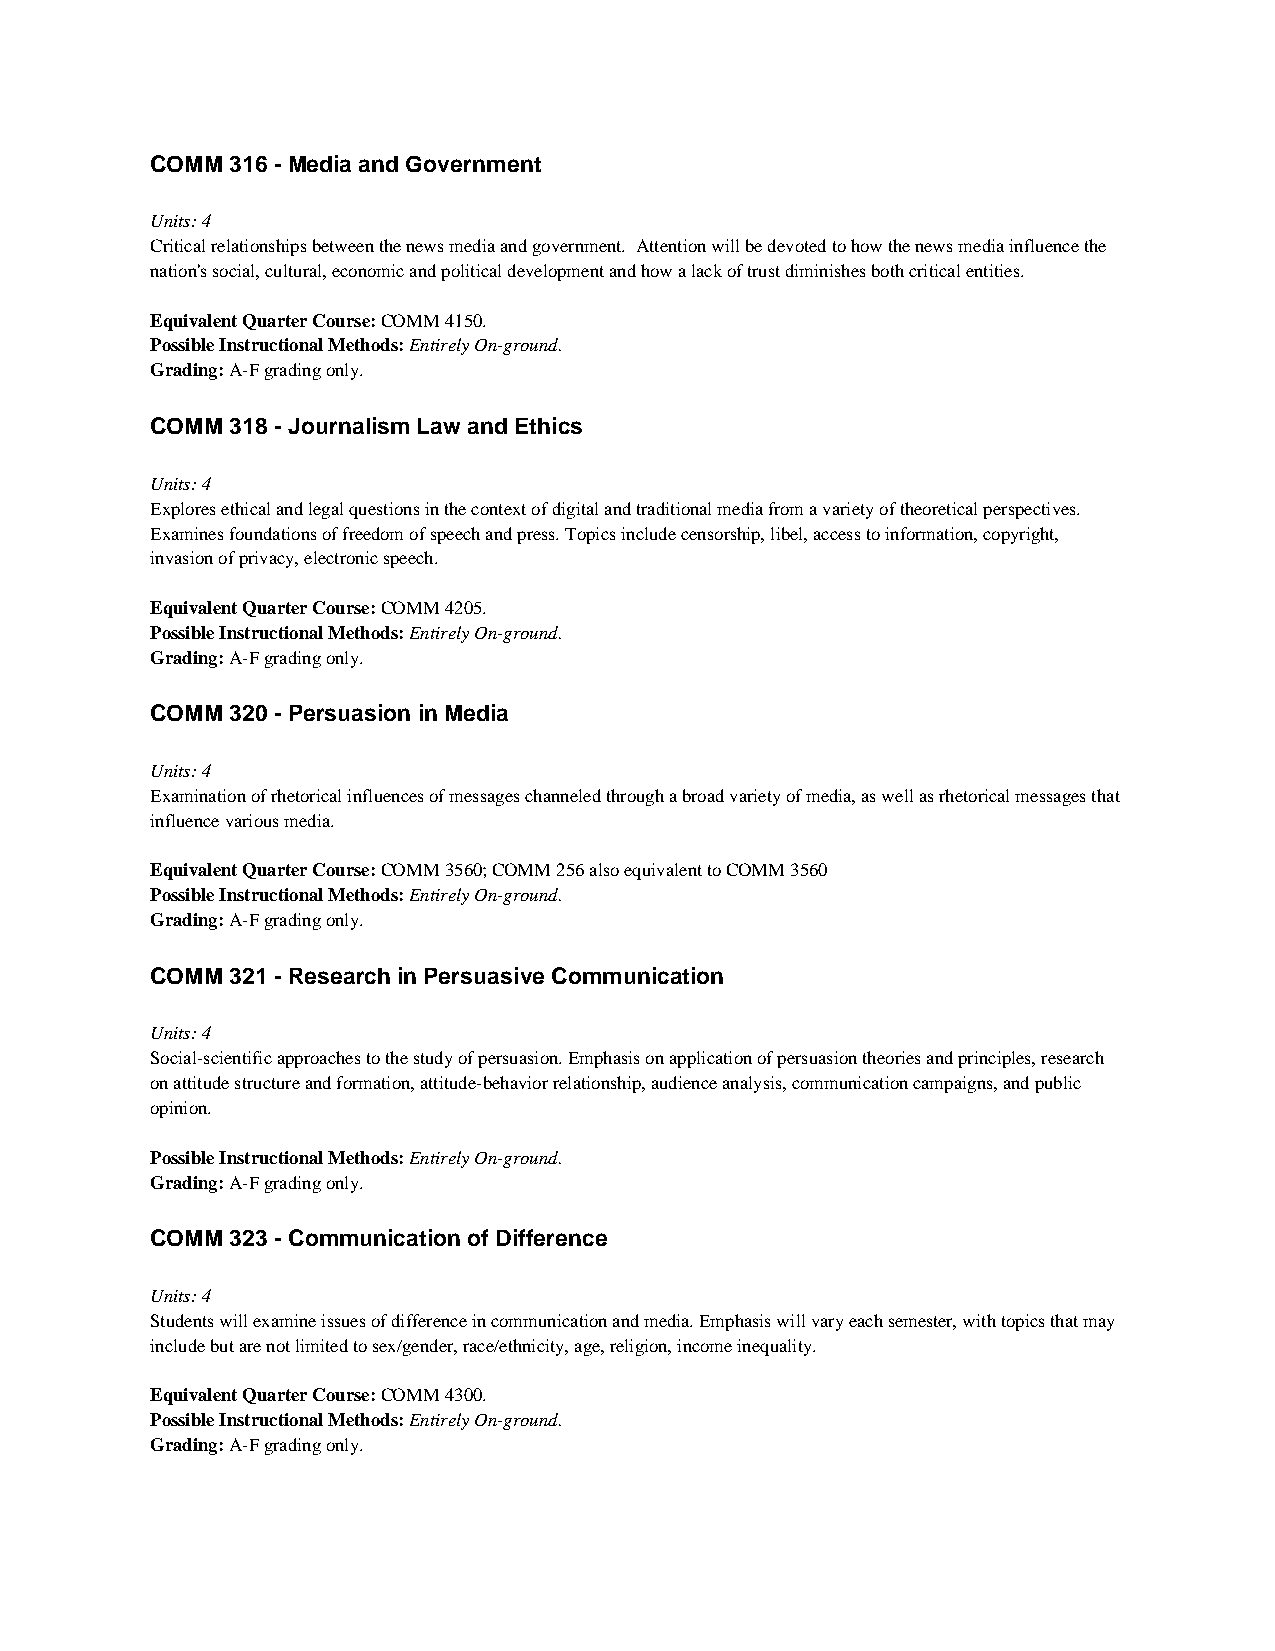
COMM 316 - Media and Government
 Units: 4
 Critical relationships between the news media and government. Attention will be devoted to how the news media influence the
 nation's social, cultural, economic and political development and how a lack of trust diminishes both critical entities.
 Equivalent Quarter Course: COMM 4150.
 Possible Instructional Methods: Entirely On-ground.
 Grading: A-F grading only.
 COMM 318 - Journalism Law and Ethics
 Units: 4
 Explores ethical and legal questions in the context of digital and traditional media from a variety of theoretical perspectives.
 Examines foundations of freedom of speech and press. Topics include censorship, libel, access to information, copyright,
 invasion of privacy, electronic speech.
 Equivalent Quarter Course: COMM 4205.
 Possible Instructional Methods: Entirely On-ground.
 Grading: A-F grading only.
 COMM 320 - Persuasion in Media
 Units: 4
 Examination of rhetorical influences of messages channeled through a broad variety of media, as well as rhetorical messages that
 influence various media.
 Equivalent Quarter Course: COMM 3560; COMM 256 also equivalent to COMM 3560
 Possible Instructional Methods: Entirely On-ground.
 Grading: A-F grading only.
 COMM 321 - Research in Persuasive Communication
 Units: 4
 Social-scientific approaches to the study of persuasion. Emphasis on application of persuasion theories and principles, research
 on attitude structure and formation, attitude-behavior relationship, audience analysis, communication campaigns, and public
 opinion.
 Possible Instructional Methods: Entirely On-ground.
 Grading: A-F grading only.
 COMM 323 - Communication of Difference
 Units: 4
 Students will examine issues of difference in communication and media. Emphasis will vary each semester, with topics that may
 include but are not limited to sex/gender, race/ethnicity, age, religion, income inequality.
 Equivalent Quarter Course: COMM 4300.
 Possible Instructional Methods: Entirely On-ground.
 Grading: A-F grading only.